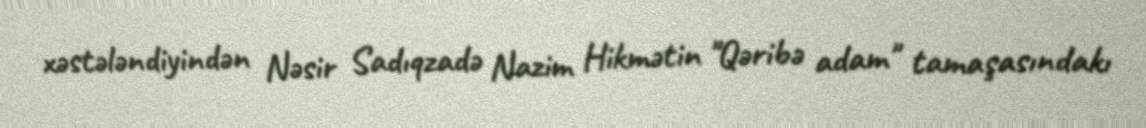
xəstələndiyindən Nəsir Sadıqzadə Nazim Hikmətin "Qəribə adam" tamaşasındakı